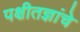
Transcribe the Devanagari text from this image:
पक्षीतज्ञांचे